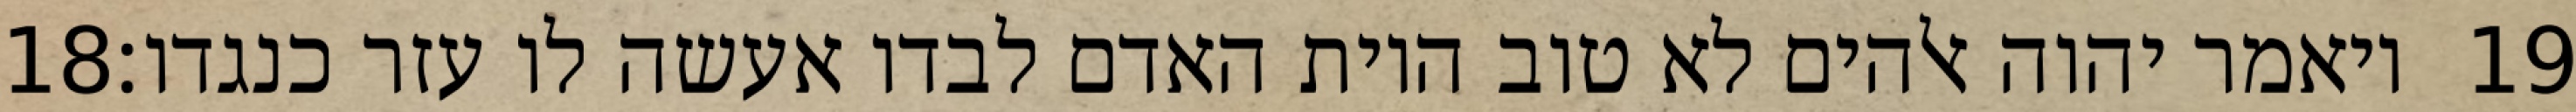
‎18‏ ויאמר יהוה אלהים לא טוב היות האדם לבדו אעשה לו עזר כנגדו׃ ‎19‏